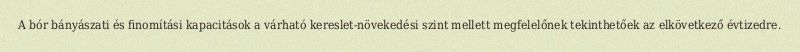
A bór bányászati és finomítási kapacitások a várható kereslet-növekedési szint mellett megfelelőnek tekinthetőek az elkövetkező évtizedre.